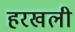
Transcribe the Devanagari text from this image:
हरखली